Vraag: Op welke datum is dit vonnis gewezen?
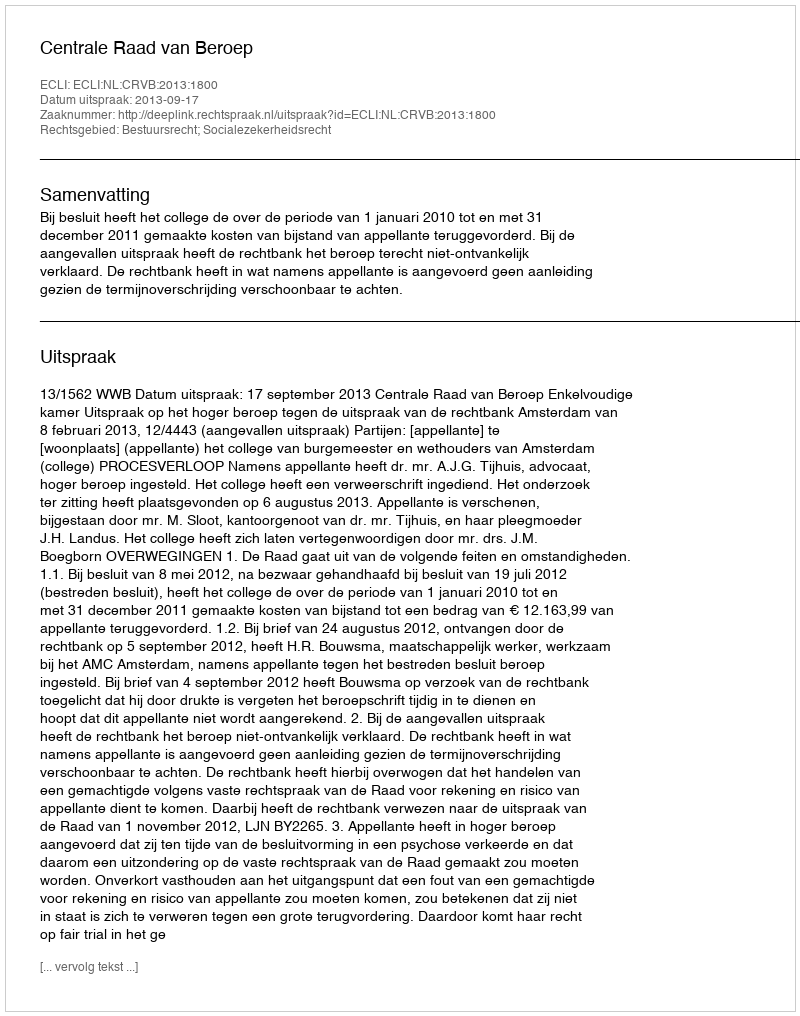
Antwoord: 2013-09-17